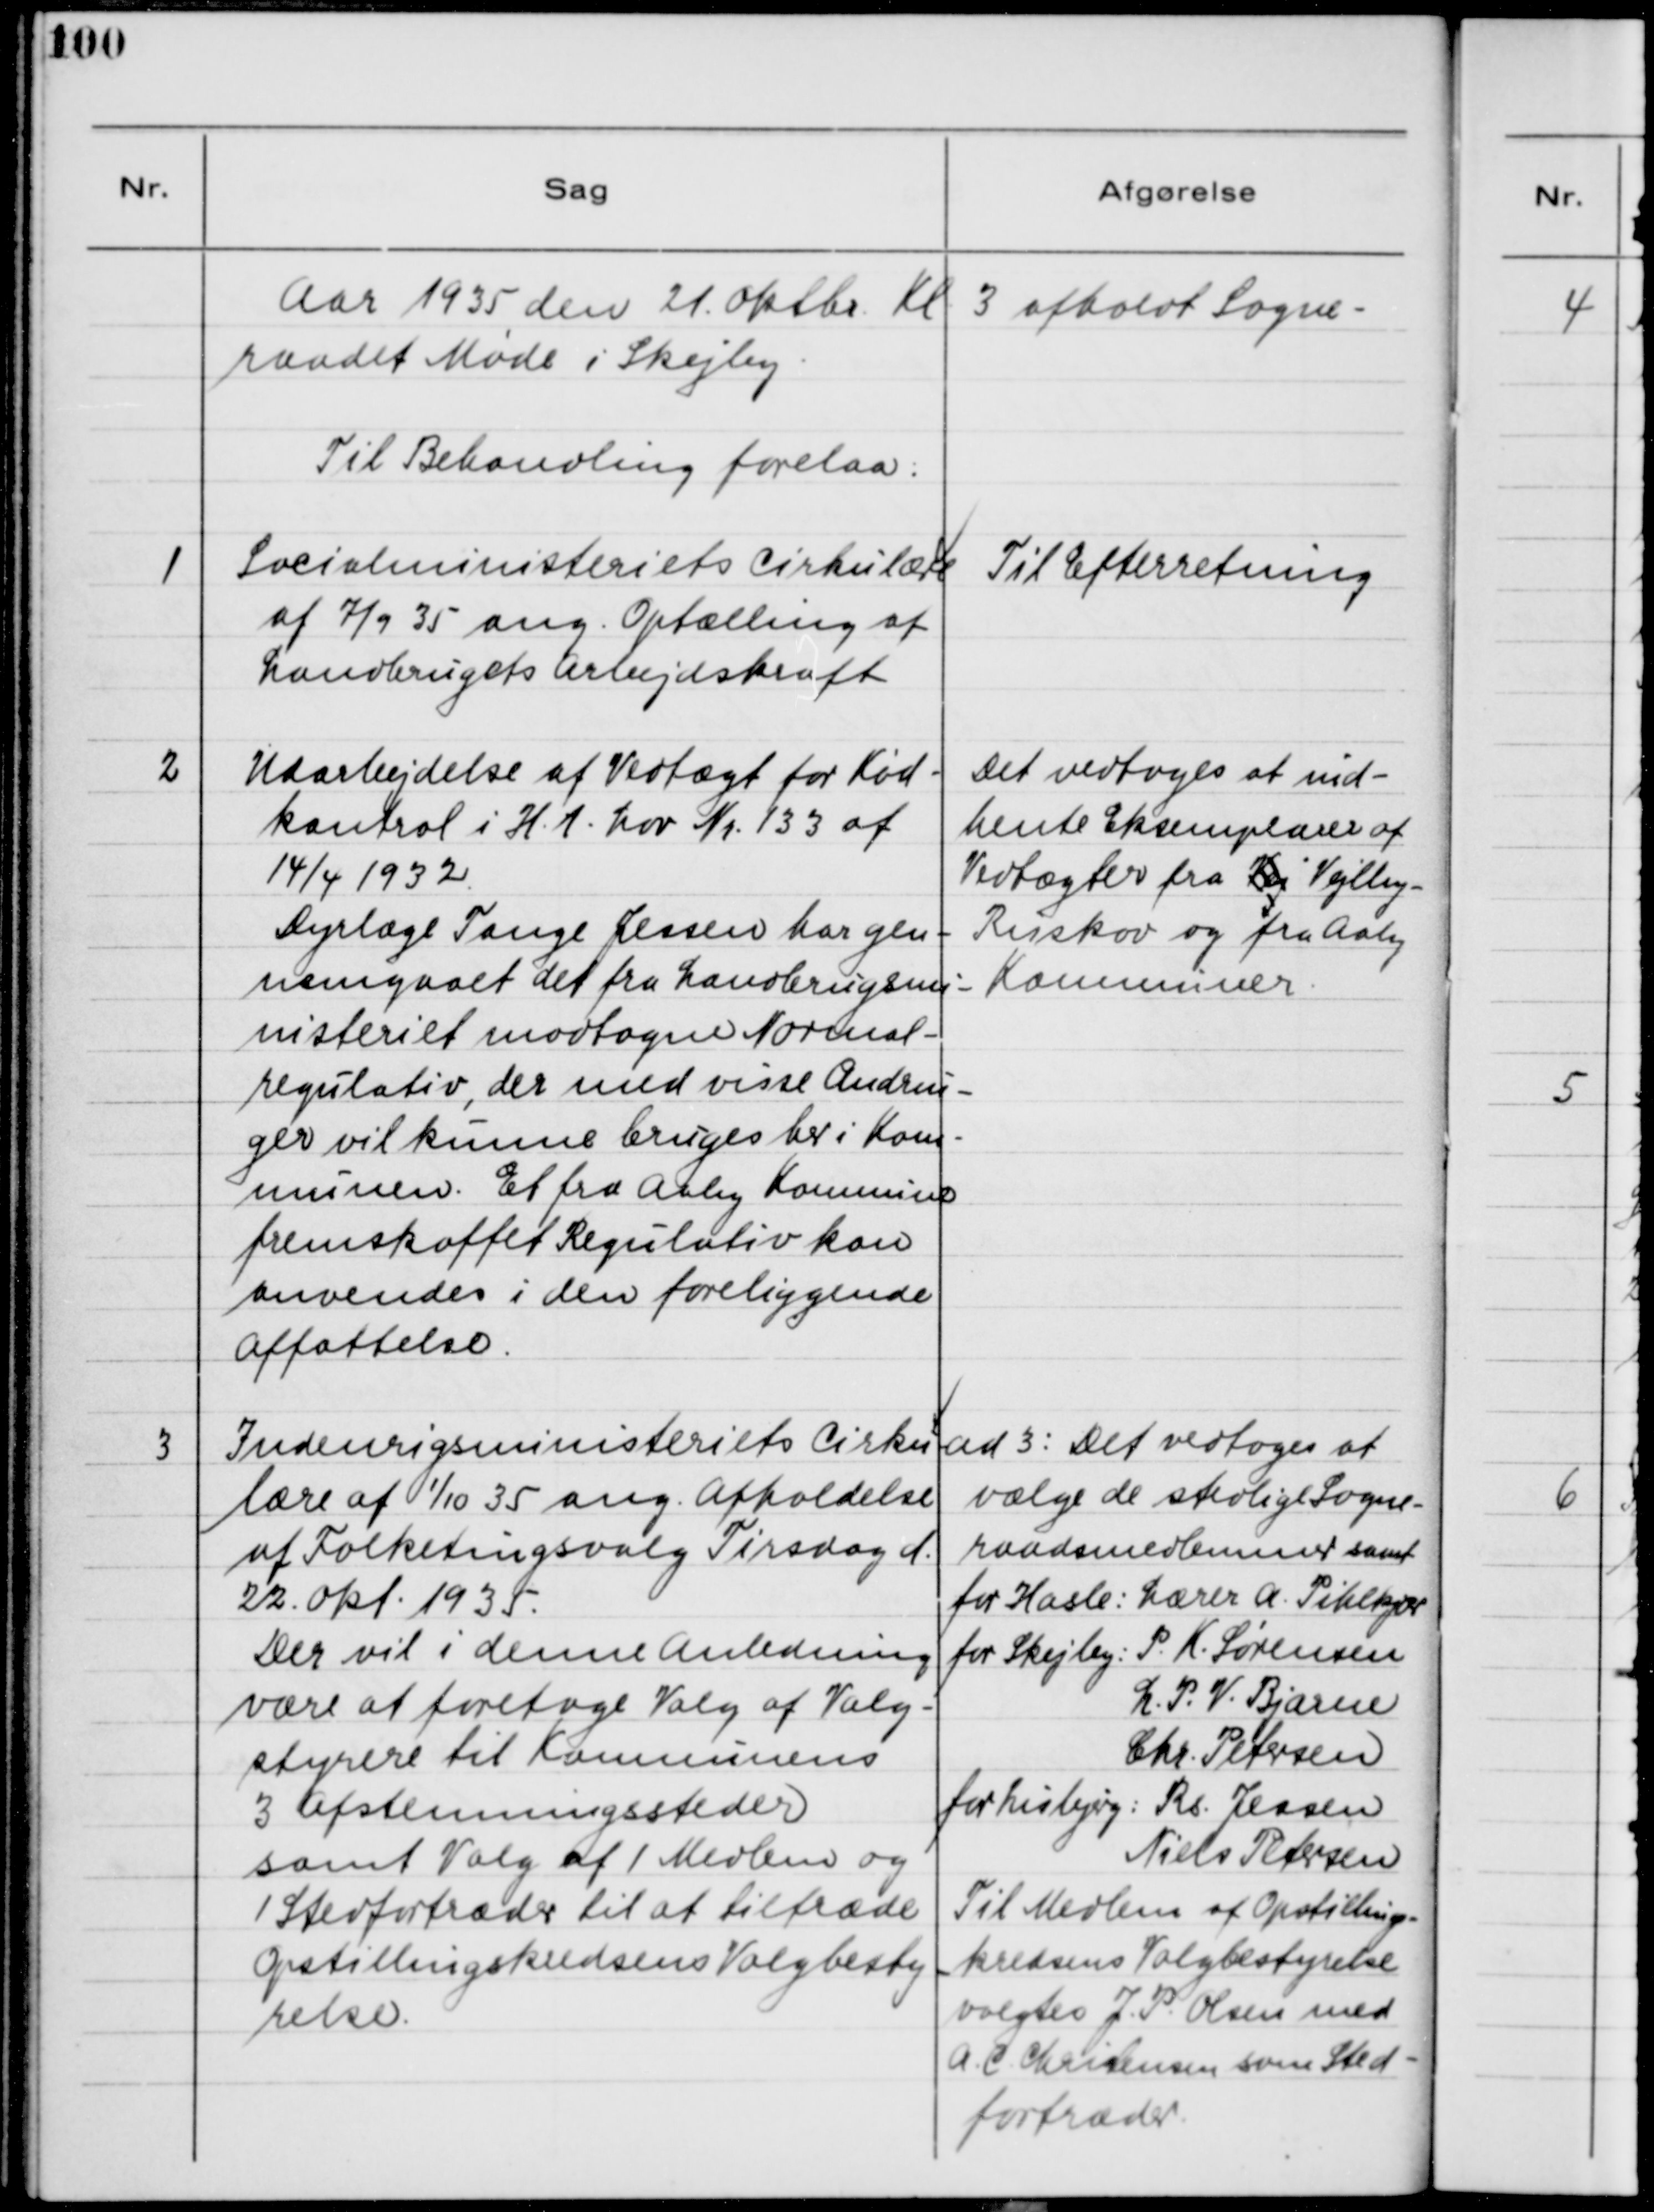
Transskription:
Aar 1935 den 21. Oktbr. Kl. 3 afholdt Sogne-
raadet Møde i Skejby.
Til Behandling forelaa:

1

Socialministeriets Cirkulære
af 7/9 35 ang. Optælling af
Landbrugets Arbejdskraft.

Til Efterretning

2

Udaarbejdelse af Vedtægt for Kød-
kontrol i H.t. Lov Nr. 133 af 
14/4 1932.
Dyrlæge Tange Jensen har gen-
nemgaaet det fra Landbrugsmi-
nisteriet modtagne Normal-
regulativ, der med visse Ændrin-
ger vil kunne bruges her i Kom-
munen. Et fra Aaby Kommune 
fremskaffet Regulativ kan
anvendes i den foreliggende
Affattelse.

Det vedtoges at ind-
hente Eksemplarer af
Vedtægten fra Kej Vejlby -
Risskov og fra Aaby
Kommuner.

3

Indenrigsministeriets Cirku-
lære af 1/10 35 ang. Afholdelse 
af Folkeringsvalg Tirsdag d.
22. Okt. 1935.
Der vil i denne Anledning 
være at foretage Valg af Valg- 
styrere til Kommunens
3 Afstemningssteder
samt Valg af 1 Medlem og
1 Stedfortræder til at tiltræde
Opstillingskredsens Valgbesty
relse.

ad 3: Det vedtoges at
vælge de stedlige Sogne-
raadsmedlemmer samt
for Hasle: Lærer A. Pihlkjær
for Skejby: P. K. Sørensen
L. P. V. Bjarne
Chr. Petersen
for Lisbjerg: Rs. Jessen
Niels Petersen
Til Medlem af Opstillings-
kredsens Valgbestyrelse
valgtes J. P. Olsen med
A. C. Christensen som Sted-
fortræder.